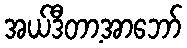
အယ်ဒီတာ့အာဘော်